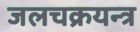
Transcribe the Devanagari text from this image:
जलचक्रयन्त्र